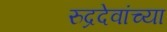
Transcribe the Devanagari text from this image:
रुद्रदेवांच्या